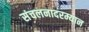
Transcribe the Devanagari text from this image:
संचलनादरम्यान